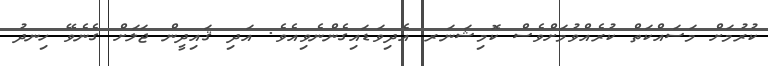
ކުރުމަށް މަސައްކަތް ކުރެއްވުމަށްވެސް ކޮމިޝަނަރ އެދިވަޑައިގެންނެވިއެވެ. އަދި ޤައިދީން ޖަލަށް ގެނެވޭ ހިނދު